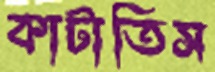
কাটাতিস